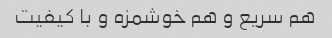
هم سریع و هم خوشمزه و با کیفیت